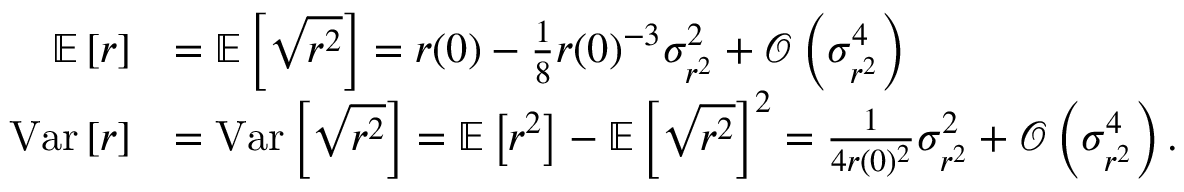
\begin{array} { r l } { \mathbb { E } \left[ r \right] } & { = \mathbb { E } \left[ \sqrt { r ^ { 2 } } \right] = r ( 0 ) - \frac { 1 } { 8 } r ( 0 ) ^ { - 3 } \sigma _ { r ^ { 2 } } ^ { 2 } + \mathcal { O } \left( \sigma _ { r ^ { 2 } } ^ { 4 } \right) } \\ { \mathrm { V a r } \left[ r \right] } & { = \mathrm { V a r } \left[ \sqrt { r ^ { 2 } } \right] = \mathbb { E } \left[ r ^ { 2 } \right] - \mathbb { E } \left[ \sqrt { r ^ { 2 } } \right] ^ { 2 } = \frac { 1 } { 4 r ( 0 ) ^ { 2 } } \sigma _ { r ^ { 2 } } ^ { 2 } + \mathcal { O } \left( \sigma _ { r ^ { 2 } } ^ { 4 } \right) . } \end{array}